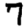
Digit: 7